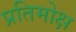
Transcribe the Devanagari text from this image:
प्रतिमोक्ष